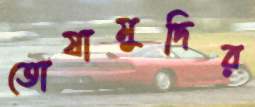
তোষামুদির